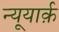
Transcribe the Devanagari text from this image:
न्यूयार्क़